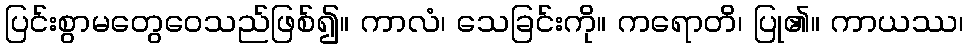
ပြင်းစွာမတွေဝေသည်ဖြစ်၍။ ကာလံ၊ သေခြင်းကို။ ကရောတိ၊ ပြု၏။ ကာယဿ၊